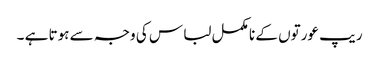
ریپ عورتوں کے نا مکمل لبا س کی وجہ سے ہوتا ہے ۔